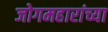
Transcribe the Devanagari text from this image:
जोगमहारांच्या